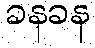
ခနခန